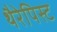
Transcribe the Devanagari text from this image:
थैरेपिस्ट